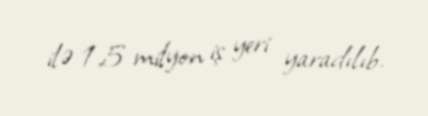
ilə 1,5 milyon iş yeri yaradılıb.